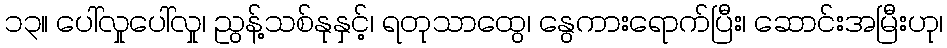
၁၃။ ပေါ်လှုပေါ်လှု၊ ညွန့်သစ်နုနှင့်၊ ရတုသာထွေ၊ နွေကားရောက်ပြီး၊ ဆောင်းအမြီးဟု၊